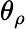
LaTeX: \theta_{\rho}